Indian Medical Review
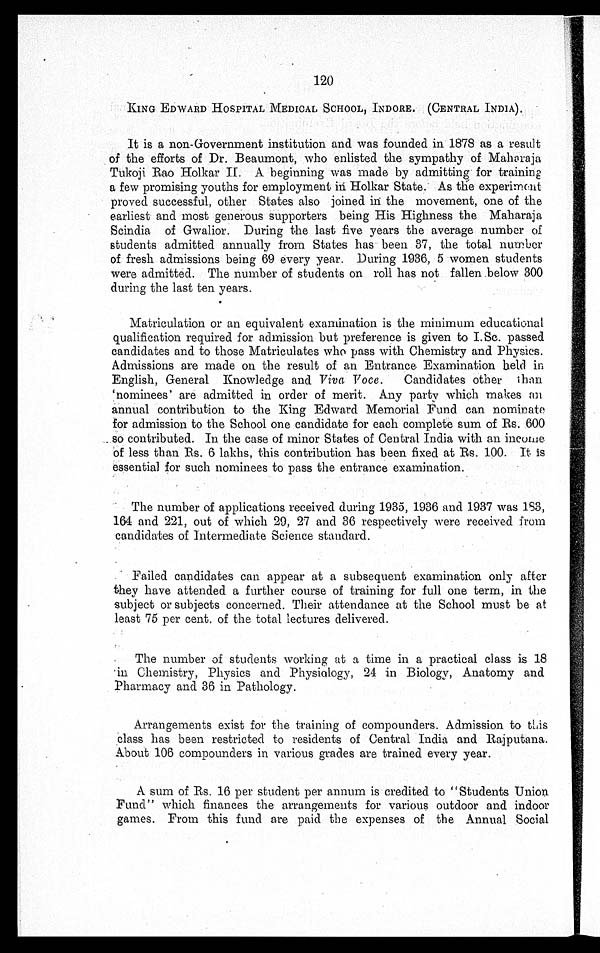
120
KING EDWARD HOSPITAL MEDICAL SCHOOL, INDORE. (CENTRAL INDIA).
It is a non-Government institution and was founded in 1878 as a result
of the efforts of Dr. Beaumont, who enlisted the sympathy of Maharaja
Tukoji Rao Holkar II. A beginning was made by admitting for training
a few promising youths for employment in Holkar State. As the experiment
proved successful, other States also joined in the movement, one of the
earliest and most generous supporters being His Highness the Maharaja
Scindia of Gwalior. During the last five years the average number of
students admitted annually from States has been 37, the total number
of fresh admissions being 69 every year. During 1936, 5 women students
were admitted. The number of students on roll has not fallen below 300
during the last ten years.
Matriculation or an equivalent examination is the minimum educational
qualification required for admission but preference is given to I.Sc. passed
candidates and to those Matriculates who pass with Chemistry and Physics.
Admissions are made on the result of an Entrance Examination held in
English, General Knowledge and Viva Voce . Candidates other than
'nominees' are admitted in order of merit. Any party which makes an
annual contribution to the King Edward Memorial Fund can nominate
for admission to the School one candidate for each complete sum of Rs. 600
so contributed. In the case of minor States of Central India with an income
of less than Rs. 6 lakhs, this contribution has been fixed at Rs. 100. It is
essential for such nominees to pass the entrance examination.
The number of applications received during 1935, 1936 and 1937 was 183,
164 and 221, out of which 29, 27 and 36 respectively were received from
candidates of Intermediate Science standard.
Failed candidates can appear at a subsequent examination only after
they have attended a further course of training for full one term, in the
subject or subjects concerned. Their attendance at the School must be at
least 75 per cent. of the total lectures delivered.
The number of students working at a time in a practical class is 18
in Chemistry, Physics and Physiology, 24 in Biology, Anatomy and
Pharmacy and 36 in Pathology.
Arrangements exist for the training of compounders. Admission to this
class has been restricted to residents of Central India and Rajputana.
About 106 compounders in various grades are trained every year.
A sum of Rs. 16 per student per annum is credited to "Students Union
Fund" which finances the arrangements for various outdoor and indoor
games. From this fund are paid the expenses of the Annual Social